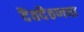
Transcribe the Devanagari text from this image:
दैवदैठणचा